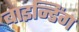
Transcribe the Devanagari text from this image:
बाइन्डिंग